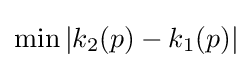
\min \left|k_{2}(p)-k_{1}(p)\right|